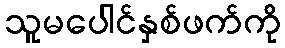
သူမပေါင်နှစ်ဖက်ကို